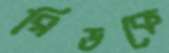
রিডকে